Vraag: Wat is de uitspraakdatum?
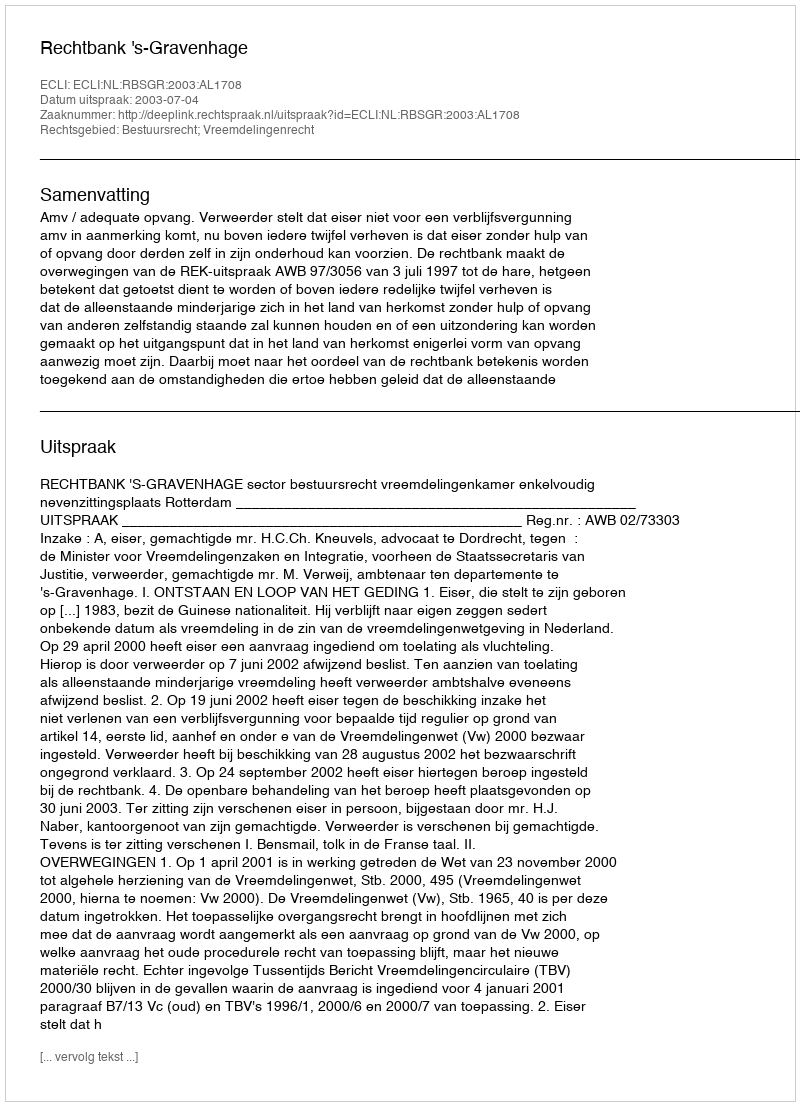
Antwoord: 2003-07-04